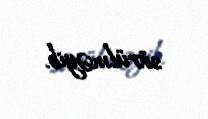
sürülməyib.